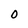
Character: 0